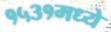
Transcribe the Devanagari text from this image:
१५३१मध्ये